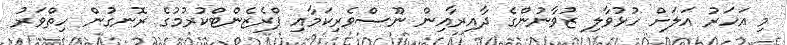
މި އަހަރު އަލަށް ހުޅުވާލި ޒުވާނުންގެ ދާއިރާއިން ނޫސްވެރިކަމާއި ޕްރެޒެންޓްކުރުމުގެ ރޮނގުން ހިތްވަރު